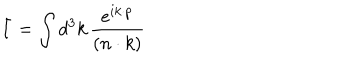
\bar { I } = \int d ^ { 3 } k \, { \frac { e ^ { i k \cdot p } } { ( n \cdot k ) } }